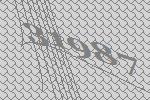
31987